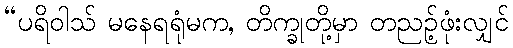
“ပရိဝါသ် မနေရရုံမက, တိက္ခုတို့မှာ တညဉ့်ဖုံးလျှင်